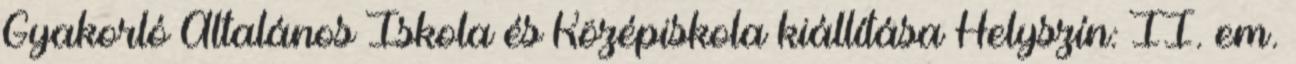
Gyakorló Általános Iskola és Középiskola kiállítása Helyszín: II. em.